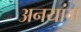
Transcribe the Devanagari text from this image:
अनयांग